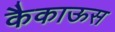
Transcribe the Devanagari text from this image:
कैकाऊस